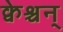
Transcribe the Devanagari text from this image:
क्वेश्चन्‌